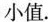
小值.